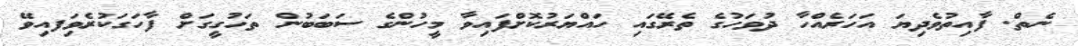
ނެތް. ފާއިތުވެދިޔަ އަހަރެއްހާ ދުވަހުގެ ތެރޭގައި ހައްޔަރުކޮށްފައިވާ މީހުންގެ ސަބަބުން ތަހުގީގަށް ފާހަގަކުރެވިަފއިވޭ